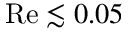
\mathrm { R e } \lesssim 0 . 0 5